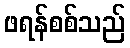
ဖရန်စစ်သည်